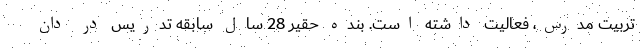
تربیت مدرس، فعالیت داشته است. بنده حقیر 28 سال سابقه تدریس در دان